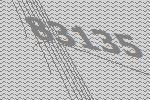
83135